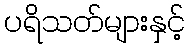
ပရိသတ်များနှင့်